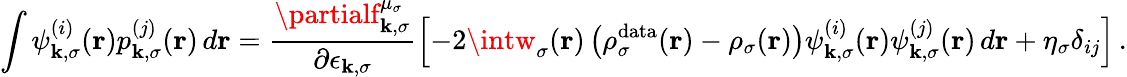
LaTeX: \int\psi_{\mathbf{k},\sigma}^{(i)}(\boldsymbol{\textbf{{r}}})p_{\mathbf{k},\sigma}^{(j)}(\boldsymbol{\textbf{{r}}})\, d\boldsymbol{\textbf{{r}}}=\frac{{\partialf_{\mathbf{k},\sigma}^{\mu_{\sigma}}}}{{\partial\epsilon_{\mathbf{k},\sigma}}}\left[-2\intw_{\sigma}(\boldsymbol{\textbf{{r}}})\left(\rho_{\sigma}^{\mathrm{{data}}}(\boldsymbol{\textbf{{r}}})-\rho_{\sigma}(\boldsymbol{\textbf{{r}}})\right)\psi_{\mathbf{k},\sigma}^{(i)}(\boldsymbol{\textbf{{r}}})\psi_{\mathbf{k},\sigma}^{(j)}(\boldsymbol{\textbf{{r}}})\, d\boldsymbol{\textbf{{r}}}+\eta_{\sigma}\delta_{ij}\right]\, .